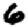
Digit: 6